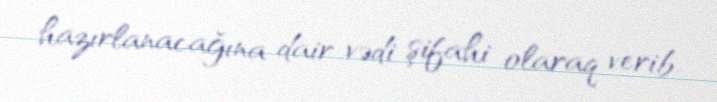
hazırlanacağına dair vədi şifahi olaraq verib.